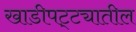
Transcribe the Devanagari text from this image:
खाडीपट्ट्यातील